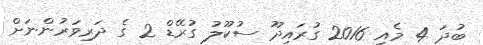
ބުދަ 4 މެއި 2016 ގުރައިދޫ ސުކޫލު ގުރޭޑް 2 ގެ ދަރިވަރުންނަށް